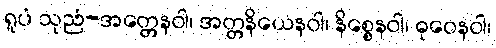
ရူပံ သုညံ-အတ္တေနဝါ၊ အတ္တနိယေနဝါ၊ နိစ္စေနဝါ၊ ဓုဝေနဝါ၊